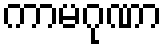
ကာမဂုဏာ